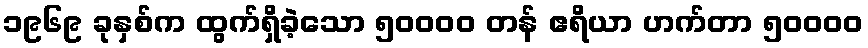
၁၉၆၉ ခုနှစ်က ထွက်ရှိခဲ့သော ၅၀၀၀၀ တန် ဧရိယာ ဟက်တာ ၅၀၀၀၀